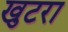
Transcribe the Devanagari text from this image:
खुटरा